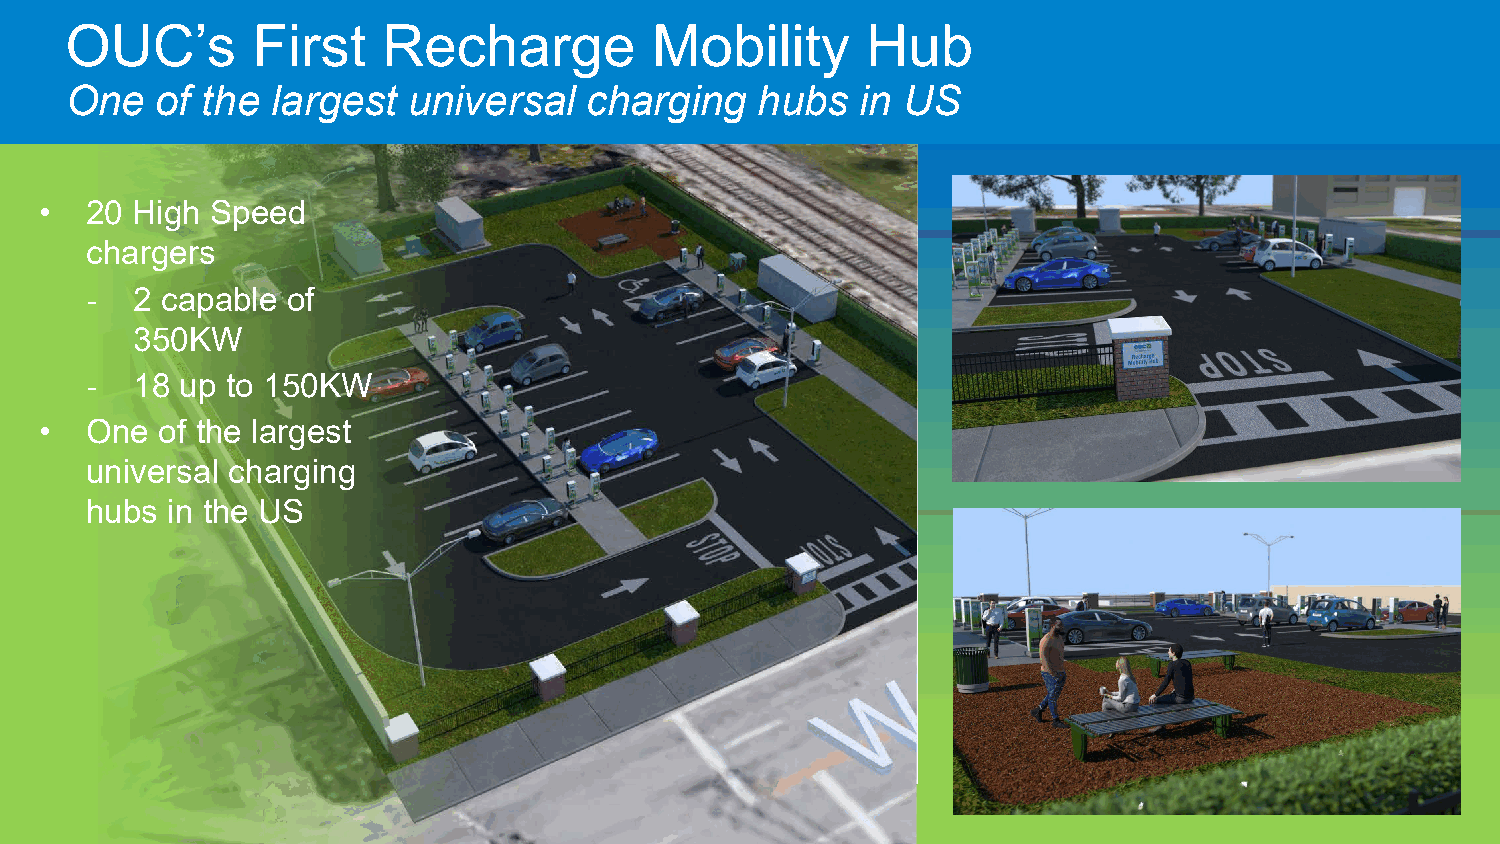
OUC’s        First   Recharge          Mobility      Hub
 One   of the  largest  universal   charging   hubs   in US
 •  20 High Speed
 chargers
 -  2 capable of
 350KW
 -  18 up to 150KW
 •  One of the largest
 universal charging
 hubs in the US
 6
 RELI ABLE  • AFFO  RDABLE   • SUST AI NABLE